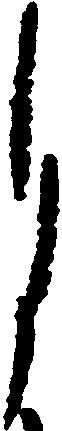
月